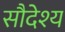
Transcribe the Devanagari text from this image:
सौदेश्य